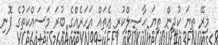
މިރޭ ތިޔަ ކުދިން ތިޔަ ޙާޞިލްކުރީ އެތައް އަހަރެއްގެ ބުރަ މަސައްކަތުގެ ފޮނި